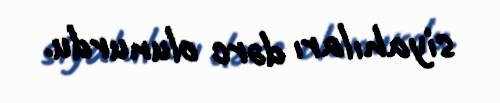
siyahıları dərc olunurdu.